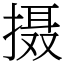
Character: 摄